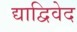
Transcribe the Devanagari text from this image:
द्याद्विवेद